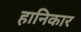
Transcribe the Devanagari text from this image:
हानिकार